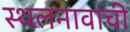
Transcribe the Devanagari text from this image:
स्थलनावांची